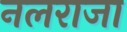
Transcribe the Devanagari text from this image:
नलराजा